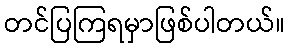
တင်ပြကြရမှာဖြစ်ပါတယ်။